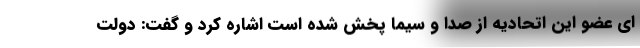
ای عضو این اتحادیه از صدا و سیما پخش شده است اشاره کرد و گفت: دولت